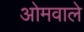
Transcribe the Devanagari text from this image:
ओमवाले